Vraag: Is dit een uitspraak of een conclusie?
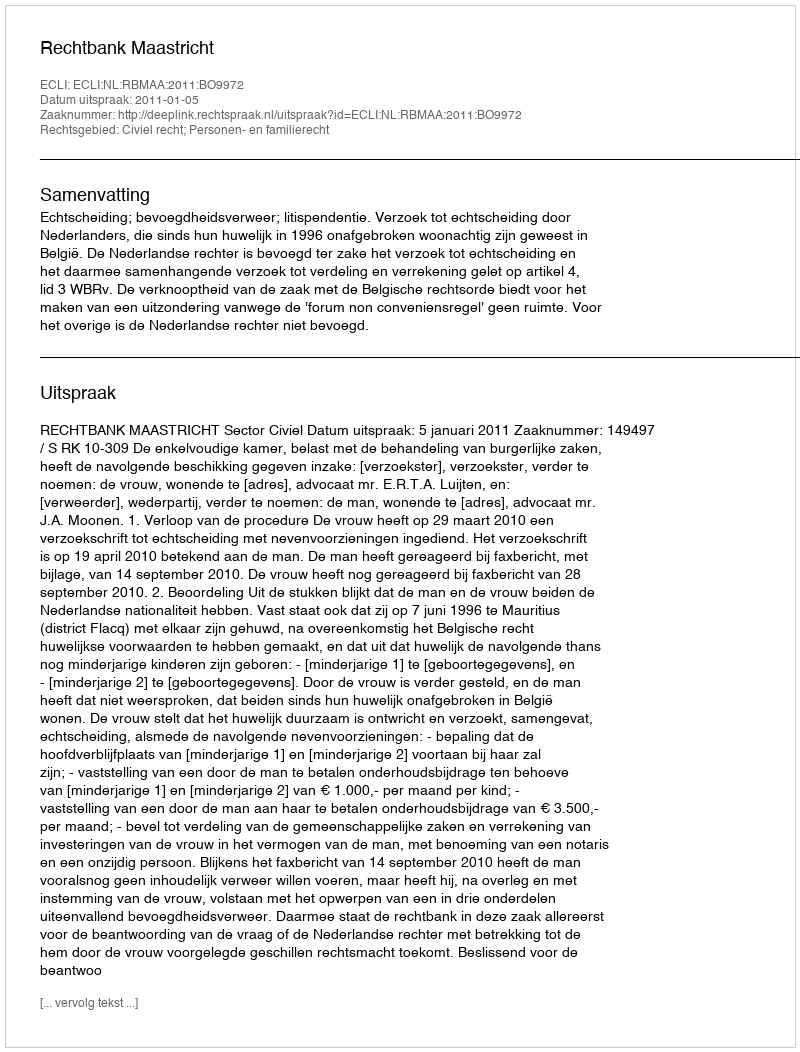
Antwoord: Uitspraak